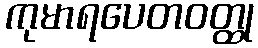
ကုမာရပေတဝတ္ထု